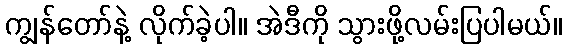
ကျွန်တော်နဲ့ လိုက်ခဲ့ပါ။ အဲဒီကို သွားဖို့လမ်းပြပါမယ်။